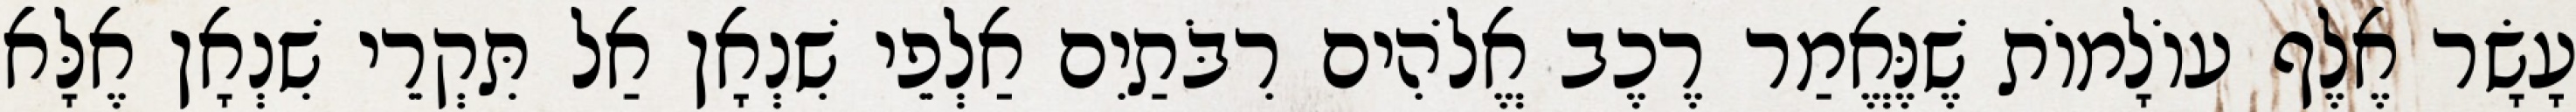
עָשָׂר אֶלֶף עוֹלָמוֹת שֶׁנֶּאֱמַר רֶכֶב אֱלֹהִים רִבֹּתַיִם אַלְפֵי שִׁנְאָן אַל תִּקְרֵי שִׁנְאָן אֶלָּא